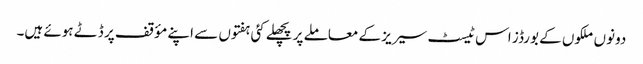
دونوں ملکوں کے بورڈز اس ٹیسٹ سیریز کے معاملے پر پچھلے کئی ہفتوں سے اپنے مؤقف پر ڈٹے ہوئے ہیں۔